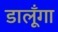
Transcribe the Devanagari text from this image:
डालूँगा